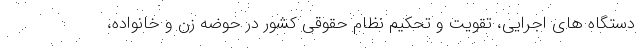
دستگاه های اجرایی، تقویت و تحکیم نظام حقوقی کشور در حوضه زن و خانواده،